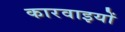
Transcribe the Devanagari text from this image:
कारवाइयों